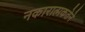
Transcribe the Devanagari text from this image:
नकारात्मकतेने